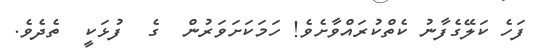
ފަހެ ކަލޭގެފާނު ކެތްކުރައްވާށެވެ! ހަމަކަށަވަރުން  ގެ  ފުޅަކީ  ތެދެވެ.